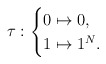
\begin{align*}\tau:\begin{cases}0 \mapsto 0,\\1 \mapsto 1^N.\end{cases}\end{align*}